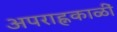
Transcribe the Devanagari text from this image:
अपराह्नकाळीं